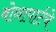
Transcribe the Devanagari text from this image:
बोनापार्टचे